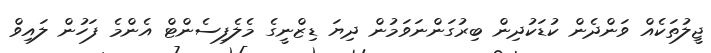
ޖީލުތަކެއް ވަންދެން ކުޑަކުދިން ބިރުގަންނަވަމުން ދިޔަ ޑިޒްނީގެ މެލެފިސެންޓް އެންމެ ފަހުން ލައިވް